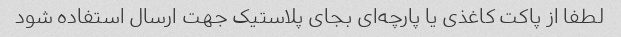
لطفا از پاکت کاغذی یا پارچه‌ای بجای پلاستیک جهت ارسال استفاده شود